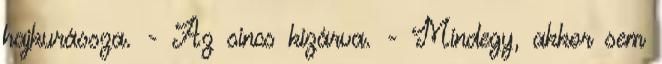
hajkurássza. - Az sincs kizárva. - Mindegy, akkor sem